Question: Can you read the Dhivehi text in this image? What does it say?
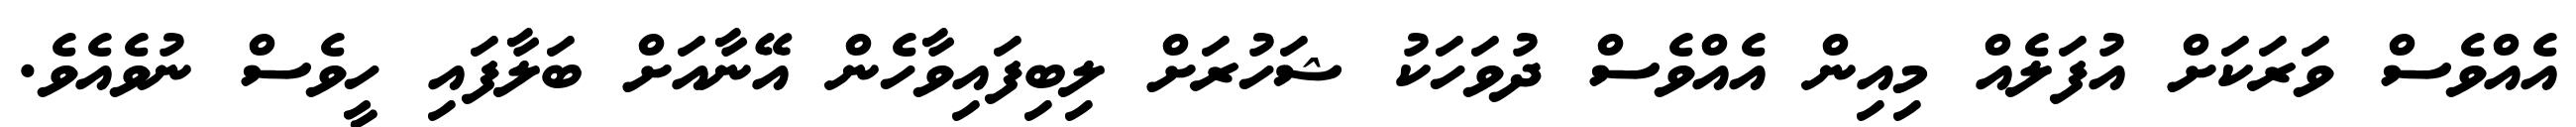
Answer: އެއްވެސް ވަރަކަށް އުފަލެއް މިއިން އެއްވެސް ދުވަހަކު ޝަހުރަށް ލިބިފައިވާހެން އޭނާއަށް ބަލާފައި ހީވެސް ނުވެއެވެ.